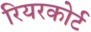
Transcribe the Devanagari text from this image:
रियरकोर्ट